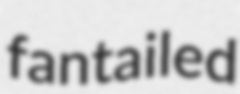
fantailed